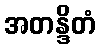
အတန္ဒိတံ